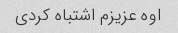
اوه عزیزم اشتباه کردی